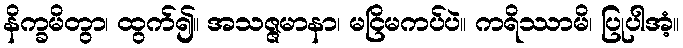
နိက္ခမိတွာ၊ ထွက်၍။ အသဇ္ဇမာနာ၊ မငြိမကပ်ပဲ။ ကရိဿာမိ၊ ပြုပါအံ့။